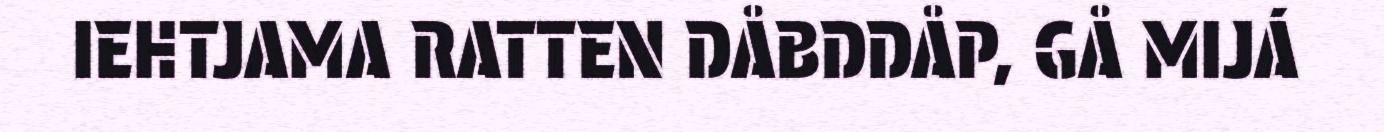
IEHTJAMA RATTEN DÅBDDÅP, GÅ MIJÁ